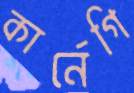
কার্নেগি